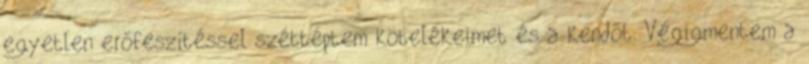
egyetlen erőfeszítéssel széttéptem kötelékeimet és a kendőt. Végigmentem a